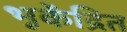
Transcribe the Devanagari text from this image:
भूकेंद्रित